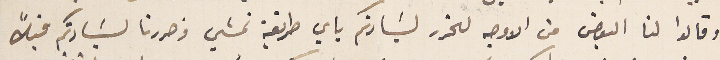
وقالوا لنا البعض من الاوجه لتحرر لسَيادتكم باي طريقة نمشي قد حررنا لسَيادتكم قبلاً